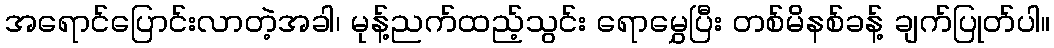
အရောင်ပြောင်းလာတဲ့အခါ၊ မုန့်ညက်ထည့်သွင်း ရောမွှေပြီး တစ်မိနစ်ခန့် ချက်ပြုတ်ပါ။